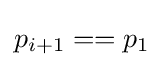
p_{i+1}==p_{1}